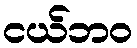
ငယ်ဘဝ